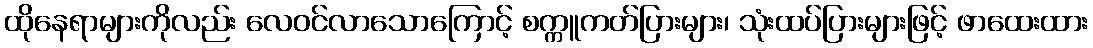
ထိုနေရာများကိုလည်း လေဝင်လာသောကြောင့် စက္ကူကတ်ပြားများ၊ သုံးထပ်ပြားများဖြင့် ဖာထေးထား